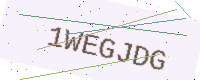
Text: 1WEGJDG